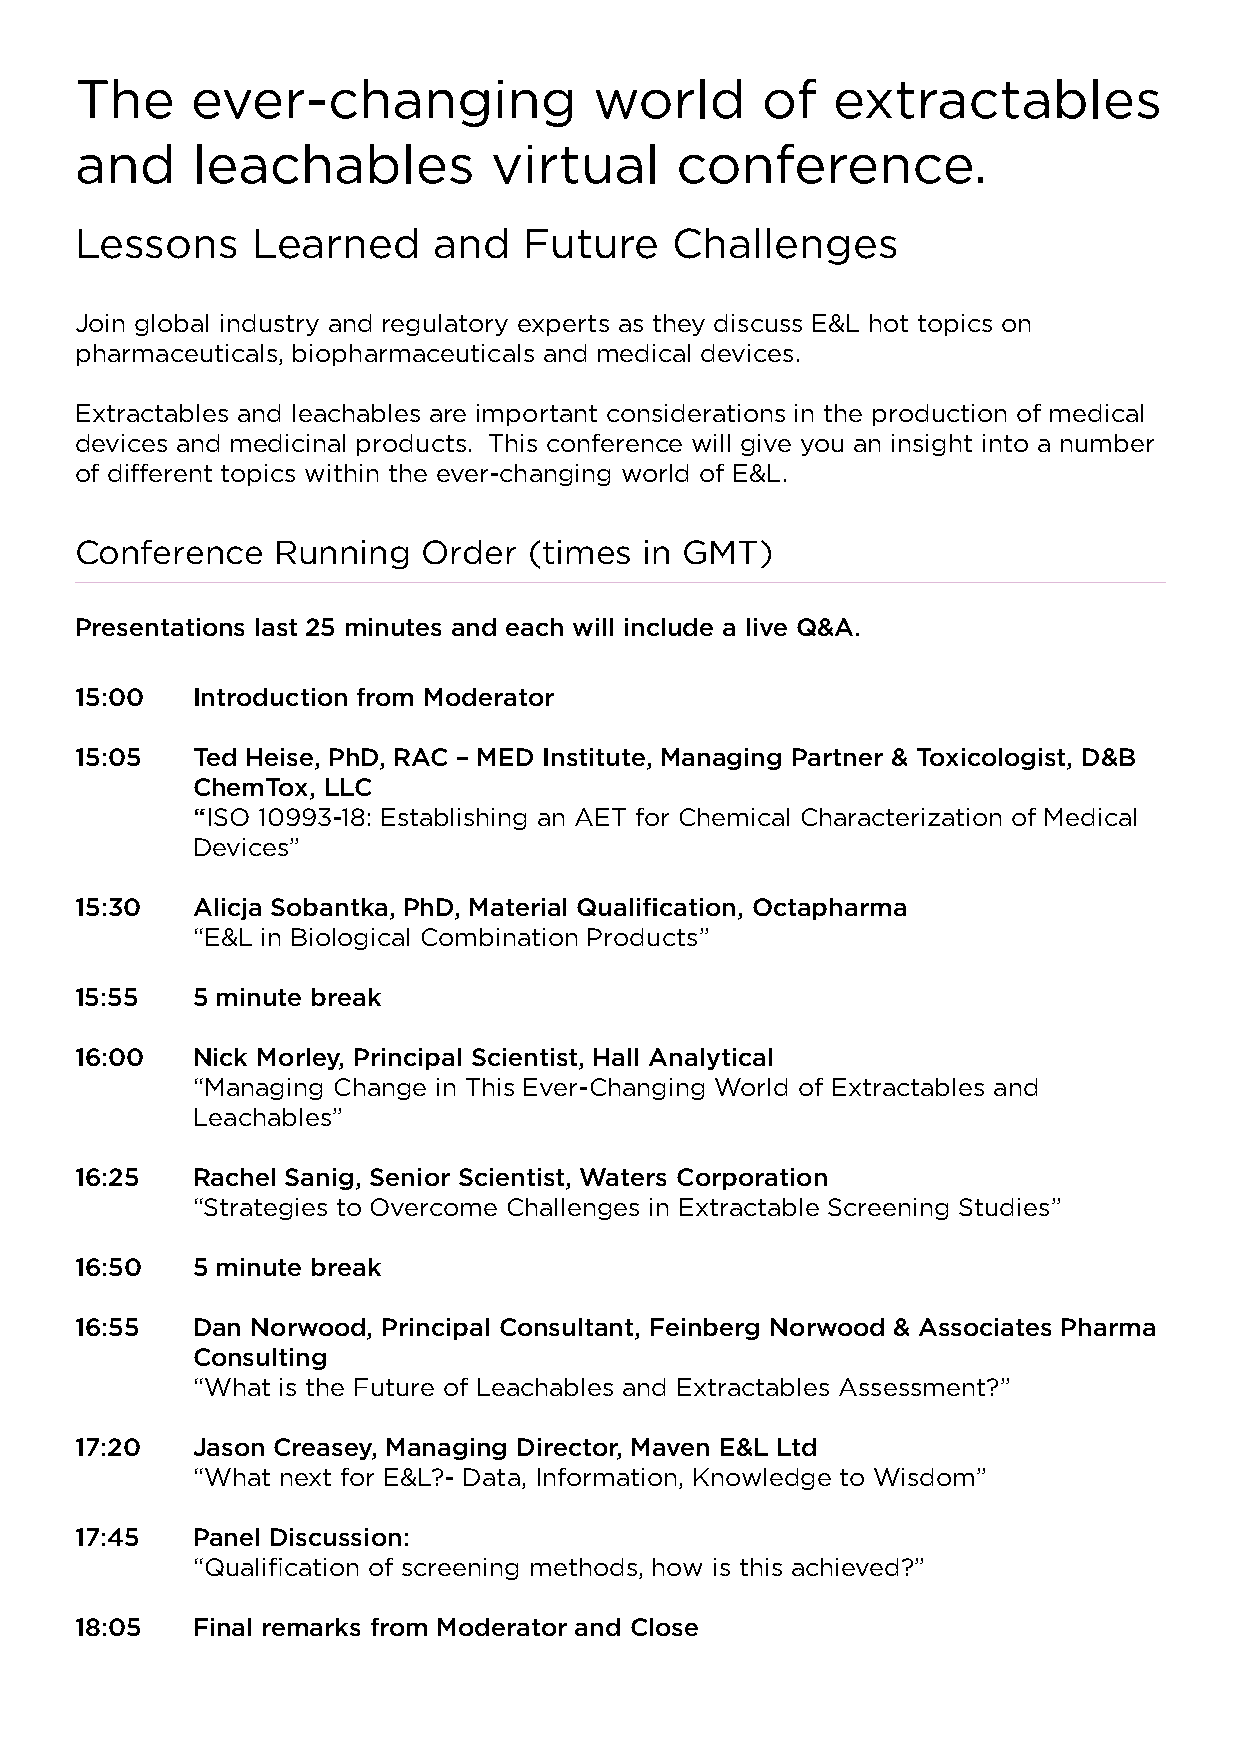
The     ever-changing             world      of   extractables
 and     leachables         virtual      conference.
 Lessons     Learned     and   Future   Challenges
 Join global industry and regulatory experts as they discuss E&L hot topics on
 pharmaceuticals, biopharmaceuticals and medical devices.
 Extractables and leachables are important considerations in the production of medical
 devices and medicinal products. This conference will give you an insight into a number
 of different topics within the ever-changing world of E&L.
 Conference   Running   Order  (times  in GMT)
 Presentations last 25 minutes and each will include a live Q&A.
 15:00   Introduction from Moderator
 15:05   Ted Heise, PhD, RAC – MED Institute, Managing Partner & Toxicologist, D&B
 ChemTox, LLC
 “ISO 10993-18: Establishing an AET for Chemical Characterization of Medical
 Devices”
 15:30   Alicja Sobantka, PhD, Material Qualification, Octapharma
 “E&L in Biological Combination Products”
 15:55   5 minute break
 16:00   Nick Morley, Principal Scientist, Hall Analytical
 “Managing Change in This Ever-Changing World of Extractables and
 Leachables”
 16:25   Rachel Sanig, Senior Scientist, Waters Corporation
 “Strategies to Overcome Challenges in Extractable Screening Studies”
 16:50   5 minute break
 16:55   Dan Norwood, Principal Consultant, Feinberg Norwood & Associates Pharma
 Consulting
 “What is the Future of Leachables and Extractables Assessment?”
 17:20   Jason Creasey, Managing Director, Maven E&L Ltd
 “What next for E&L?- Data, Information, Knowledge to Wisdom”
 17:45   Panel Discussion:
 “Qualification of screening methods, how is this achieved?”
 18:05   Final remarks from Moderator and Close